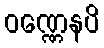
ဝဏ္ဏေနပိ